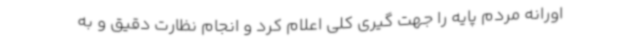
اورانه مردم پایه را جهت گیری کلی اعلام کرد و انجام نظارت دقیق و به